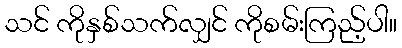
သင် ကိုနှစ်သက်လျှင် ကိုစမ်းကြည့်ပါ။